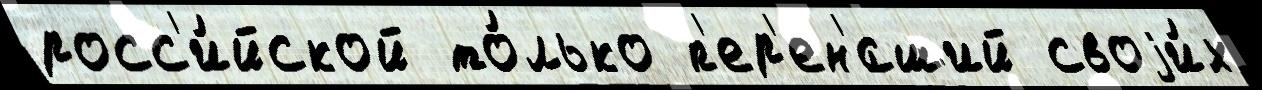
росс'и́йской то́лько п'ер'ен'́сший своjи́х